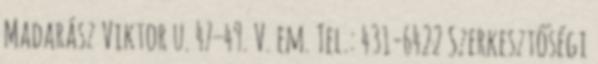
Madarász Viktor u. 47–49. V. em. Tel.: 431-6422 Szerkesztőségi